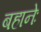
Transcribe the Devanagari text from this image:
बहानेः